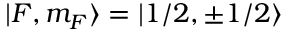
| F , m _ { F } \rangle = | 1 / 2 , \pm 1 / 2 \rangle